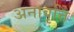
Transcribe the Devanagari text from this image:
अनावृत्ति